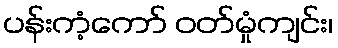
ပန်းကံ့ကော် ဝတ်မှုံကျင်း၊